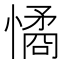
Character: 憰